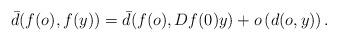
LaTeX: \begin{align*}\bar d(f(o),f(y)) = \bar d(f(o),Df(0)y) + o\left( d(o,y) \right).\end{align*}